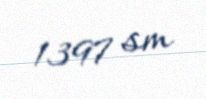
1397 sm